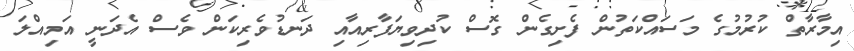
އިމާރާތް ކުރުމުގެ މަސައްކަތުން ފެށިގެން ގޮސް ކުދިވިޔަފާރިއާއި ދަނޑުވެރިކަން ވެސް އެދަނީ އަމިއްލަ